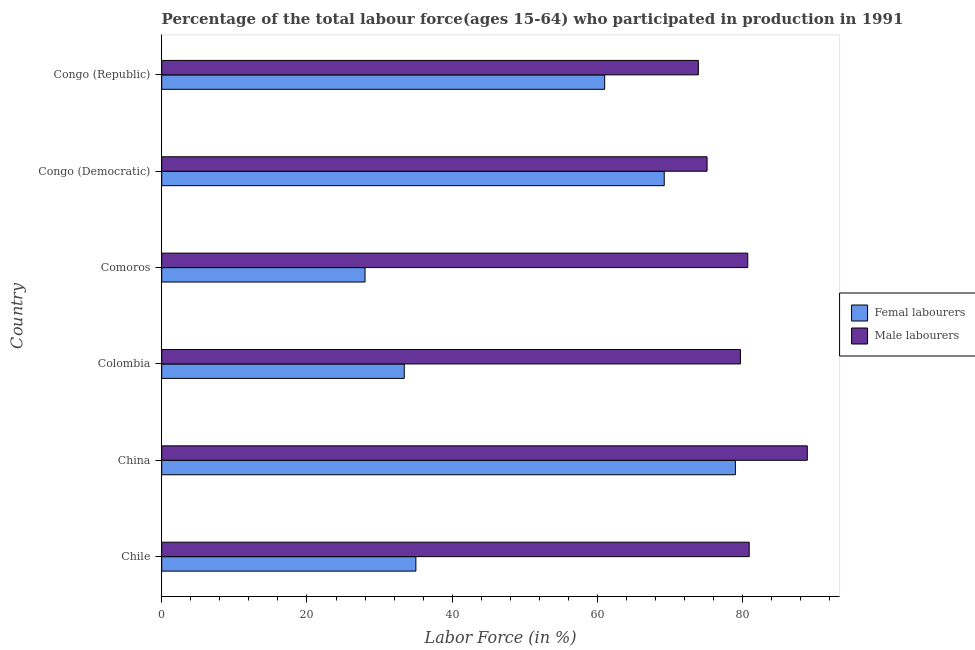
| Country | Femal labourers | Male labourers |
 | --- | --- | --- |
 | Chile | 35 | 80.9 |
 | China | 79 | 88.9 |
 | Colombia | 33.4 | 79.7 |
 | Comoros | 28 | 80.7 |
 | Congo (Democratic) | 69.2 | 75.1 |
 | Congo (Republic) | 61 | 73.9 |